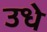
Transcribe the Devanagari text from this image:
उधे